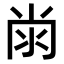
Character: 𭁭